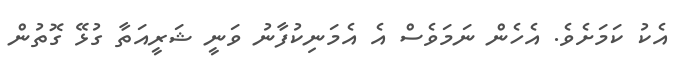
އެކު ކަމަށެވެ. އެހެން ނަމަވެސް އެ އެމަނިކުފާނު ވަނީ ޝަރީއަތާ ގުޅޭ ގޮތުން